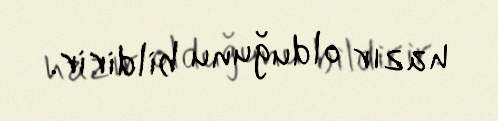
hazır olduğunu bildirir.